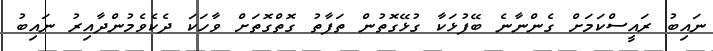
ނައިބު ރައީސްކަމަށް ގެންނާނެ ބޭފުޅަކާ ގުޅޭގޮތުން ތަފާތު ގޮތްގޮތަށް ވާހަކަ ދެކެވެމުންދާއިރު ނައިބު